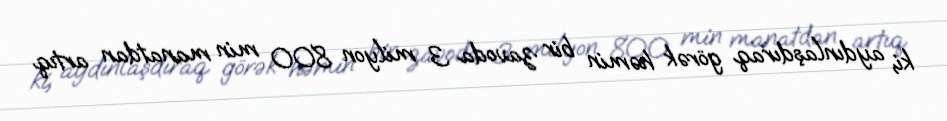
ki, aydınlaşdıraq görək həmin bir zavoda 3 milyon 800 min manatdan artıq